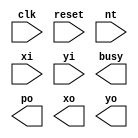
`define is_upper(x,y) ()

module triangle (clk,
                 reset,
                 nt,
                 xi,
                 yi,
                 busy,
                 po,
                 xo,
                 yo);
    input clk, reset, nt;
    input [2:0] xi, yi;
    output busy, po;
    output [2:0] xo, yo;
    
    reg [2:0] x0, x1, x2, y0, y1, y2;
    reg [2:0] state;
    wire right;
    
    assign right = (x2>x1)?1:0;
    
    
    always @(posedge clk) begin
        
    end
    
    
    
    
    
endmodule